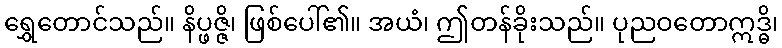
ရွှေတောင်သည်။ နိပ္ဖဇ္ဇိ၊ ဖြစ်ပေါ်၏။ အယံ၊ ဤတန်ခိုးသည်။ ပုညဝတောဣဒ္ဓိ၊